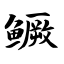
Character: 鳜